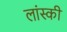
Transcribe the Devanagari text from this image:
लांस्की